Statistics of inoculations with Haffkine's anti-plague vaccine 1897-1900
Year: 1897
Disease focus: Plague
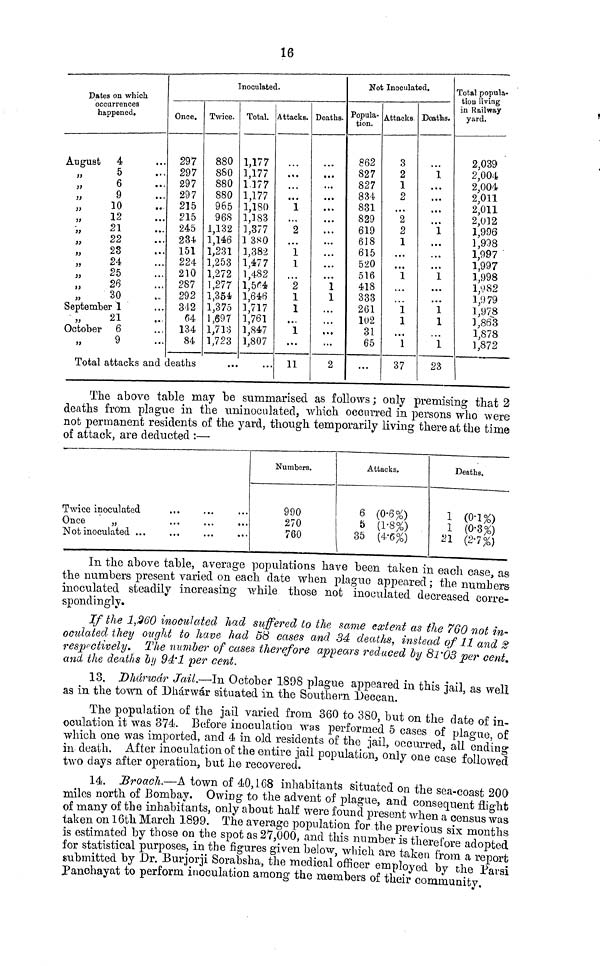
16
Dates on which
occurrences
happened.
August
„
„
„
„
„
„
„
„
„
„
„
„
4
5
6
9
10
12
21
22
28
24
25
26
30
September 1
„
October
„
21
6
9
• • •
• • •
• • •
• • •
• •
• • •
• ••
• • •
• • •
• • •
• • •
• • •
• • •
• • •
• • •
• • •
• • •
Inoculated.
Once.
297
297
297
297
215
215
245
234
151
224
210
287
292
342
64
134
84
Total attacks and deaths
Twice.
880
880
880
880
965
968
1,132
1,146
1,231
1,253
1,272
1,277
1,354
1,375
1,697
1,713
1,723
• •
Total.
1,177
1,177
1177
1,177
1,180
1,383
1,377
1380
1,382
1,477
1,482
1,504
1,646
1,717
1,761
1,847
1,807
Attacks.
• • •
• ••
• • •
• • •
1
• • •
2
•••
1
1
...
2
1
1
...
1
•••
11
Deaths.
• • •
• ••
...
...
...
• • •
• • •
...
• • •
...
...
1
1
...
...
• • •
...
2
Not Inoculated.
Popula
tion.
862
827
827
834
831
829
619
618
615
520
516
418
333
261
102
31
65
...
Attacks
3
2
1
2
...
2
2
1
• • •
• • •
1
• • •
• • •
1
1
...
1
37
Deaths.
• • •
11
...
...
...
• • •
1
...
...
...
1
• • •
• • •
1
1
...
1
23
Total p o p u l a t i o n living
in Railway
yard.
2,039
2,004
2,004
2,011
2,011
2,012
1,996
1,908
1,997
1,997
1,998
1,982
1,979
1,978
1,863
1,878
1,872
The above table may be summarised as follows ; only premising that 2
deaths from plague in the uninoculated. which occurred in persons who were
not permanent residents of the yard, though temporarily living there at the time
of attack, are deducted :—
Twice inoculated
Once
„
...
...
...
Numbers.
990
270
760
Attacks.
6 (0.6%)
5 (1.8%)
35 (4.6%)
Deaths.
1 (0.1%)
1 (0.3%)
21 (2.7%)
In the above table, average populations have been taken in each case as
the numbers present varied on each date when plague appeared ; the numbers
inoculated steadily increasing while those not inoculated decreased corre-
spondingly.
If the 1,260 inoculated had suffered to the same extent as the 760 not in-
oculated they ought to have had 58 cases and 34 deaths, instead of 11 and 2
respectively. The number of cases therefore appears reduced by 81.03 per cent.
and the deaths by 94.1 per cent.
03
per cent.
13. Dhárwár Jail.—In October 1898 p]ague appeared in this iail as well
as m the town of Dhárwar situated in the Southern Deccan.
The population of the jail varied from 360 to 380, but on the date of in-
oculation it was 374. Before inoculation was performed 5 cases of plague, of
which one was imported, and 4 in old residents of the jail, occurred all ending
in death. After inoculation of the entire jail population, only one case followed
two days after operation, but he recovered.
followed
14. Broach.-—A town of 40,168 inhabitants situated on the sea-coast 200
miles north of Bombay. Owing to the advent of plague, and conseauent flight
of many of the inhabitants, only about half were found present when a census was
taken on 16th March 1899. The average population for the previous when a census was
is estimated by those on the spot as 27,000, and this number is therefore adopted
for statistical purposes, in the figures given below, which are taken from a report
submitted by Dr. Burjorji Sorabsha, the medical officer employed by the Parsi
Panchayat to perform inoculation among the members of their community